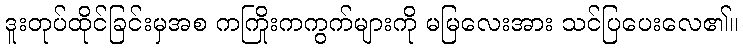
ဒူးတုပ်ထိုင်ခြင်းမှအစ ကကြိုးကကွက်များကို မမြလေးအား သင်ပြပေးလေ၏။